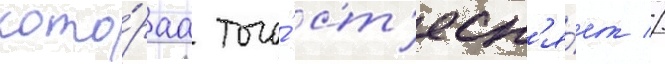
кото́раа того́ ст'есн'я́ет //